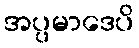
အပ္ပမာဒေပိ